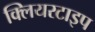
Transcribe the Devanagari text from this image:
क्लियरटाइप